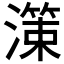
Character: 𭲱